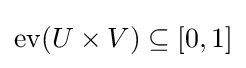
{\text{ev}}(U\times V)\subseteq [0,1]